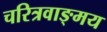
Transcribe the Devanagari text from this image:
चरित्रवाङ्मय